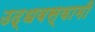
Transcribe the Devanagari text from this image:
उद्धवस्वामी